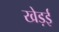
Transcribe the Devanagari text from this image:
खेड़ई